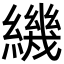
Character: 𬘁